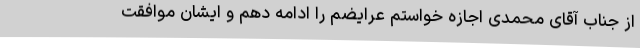
از جناب آقای محمدی اجازه خواستم عرایضم را ادامه دهم و ایشان موافقت